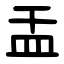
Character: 㿻